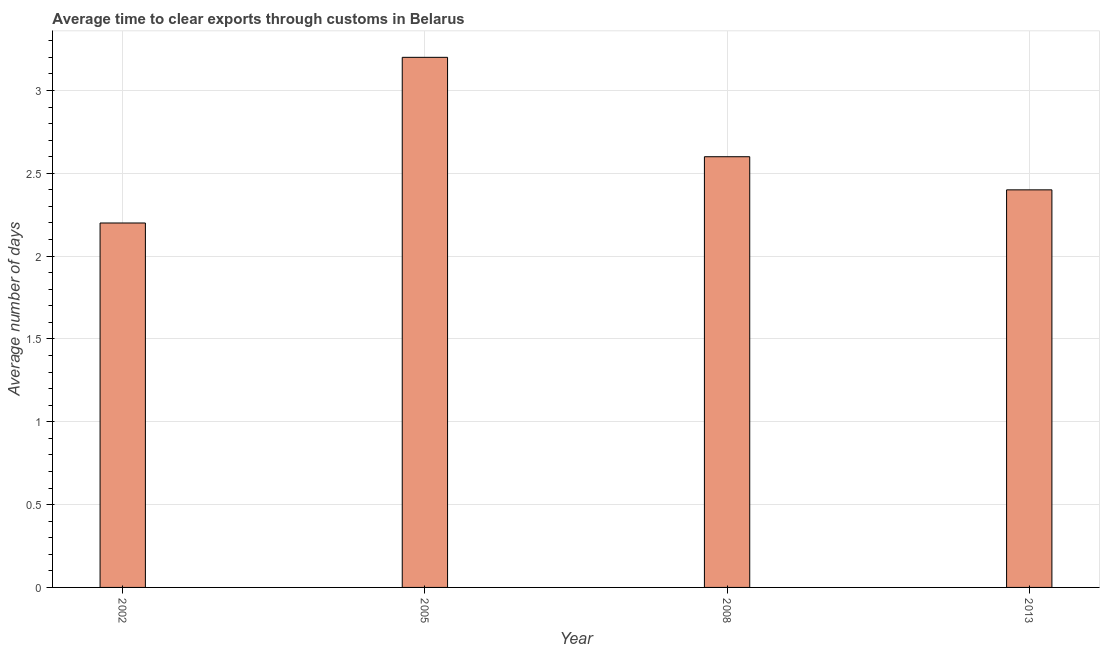
| Year | Time to clear exports through customs |
 | --- | --- |
 | 2002 | 2.2 |
 | 2005 | 3.2 |
 | 2008 | 2.6 |
 | 2013 | 2.4 |